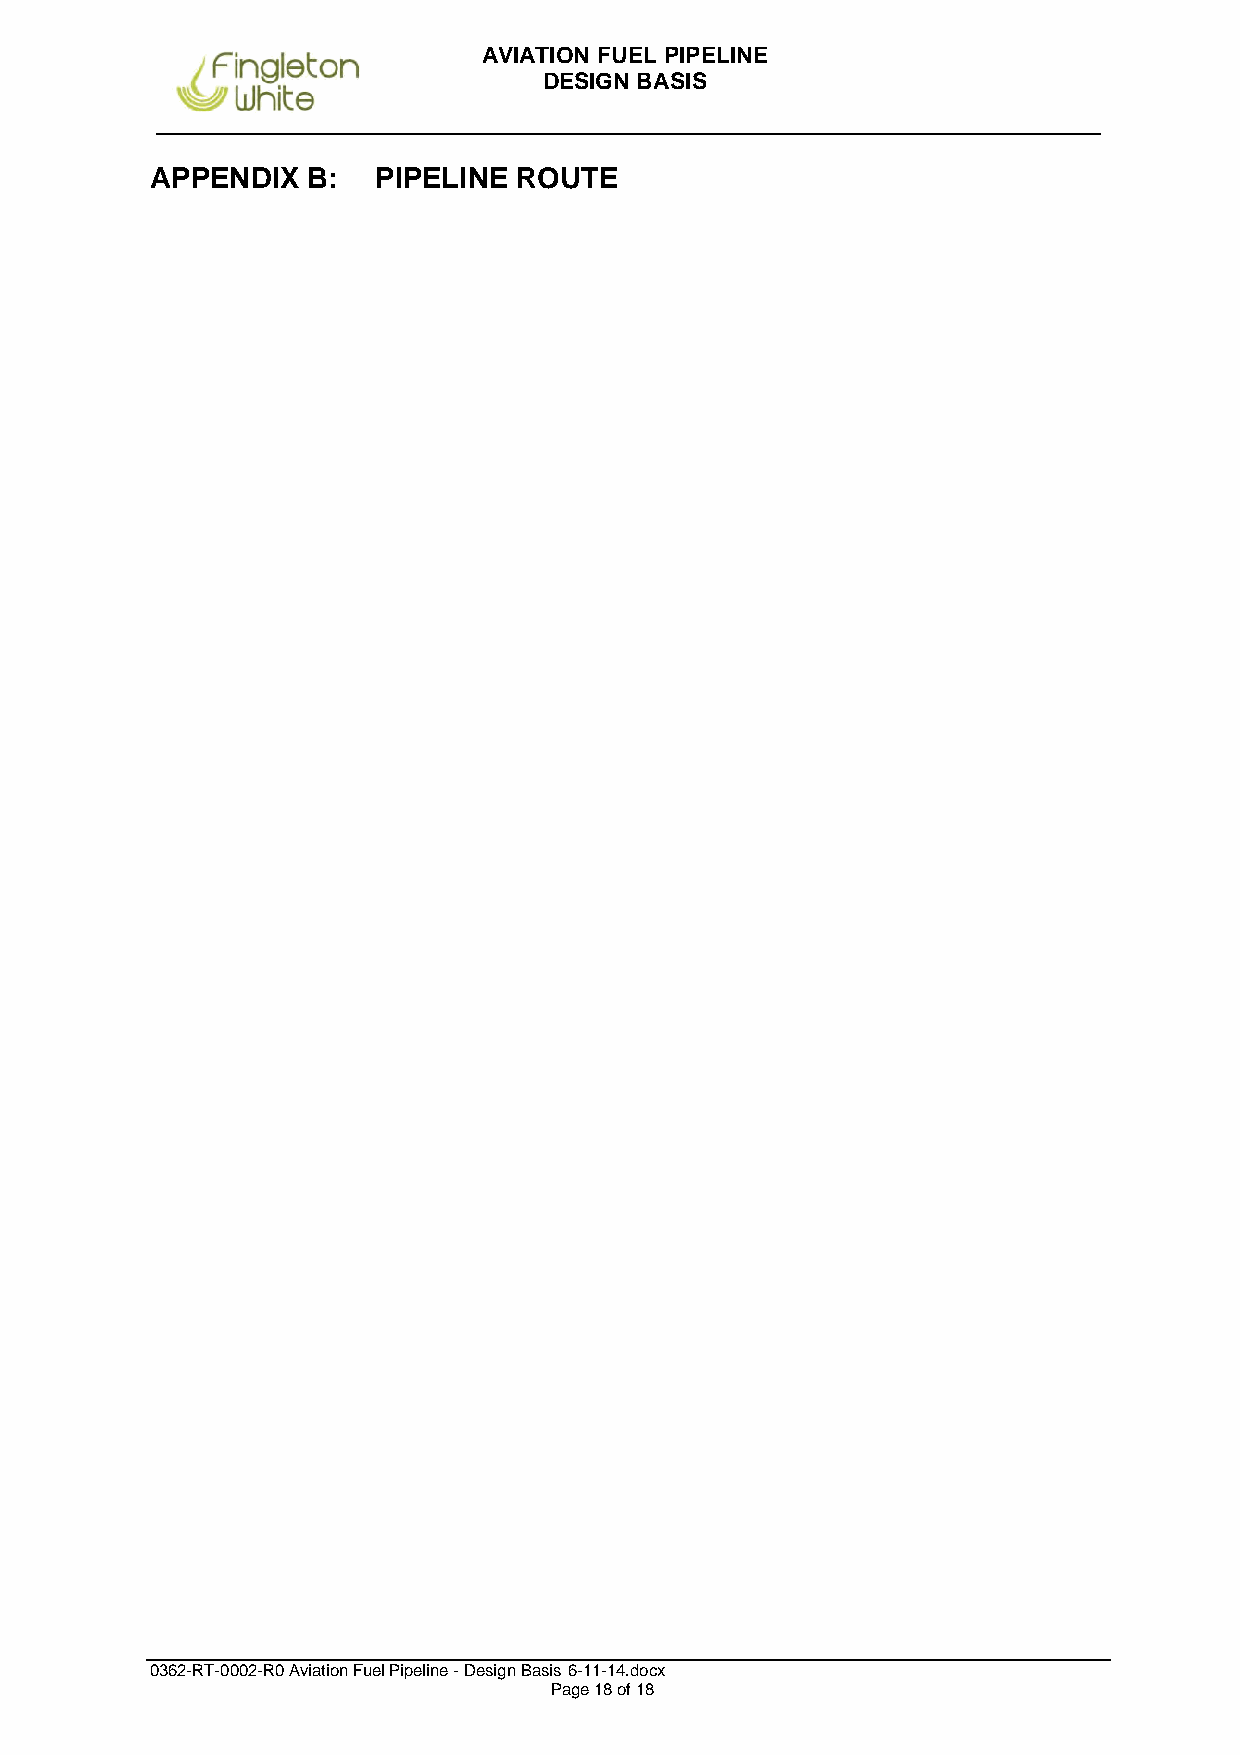
AVIATION FUEL PIPELINE
 DESIGN BASIS
 APPENDIX  B:   PIPELINE ROUTE
 0362-RT-0002-R0 Aviation Fuel Pipeline - Design Basis 6-11-14.docx
 Page 18 of 18